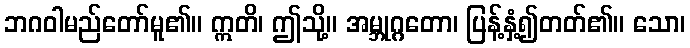
ဘဂဝါမည်တော်မူ၏။ ဣတိ၊ ဤသို့။ အမ္ဘုဂ္ဂတော၊ ပြန့်နှံ့၍တတ်၏။ သော၊